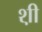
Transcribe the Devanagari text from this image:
श़ी